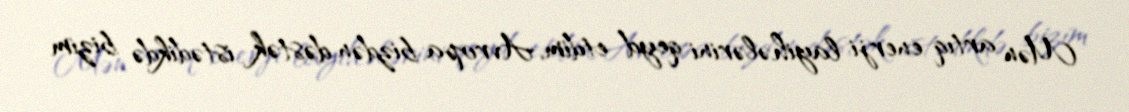
Mən artıq enerji layihələrini qeyd etdim, Avropa bizdən dəstək istədikdə bizim